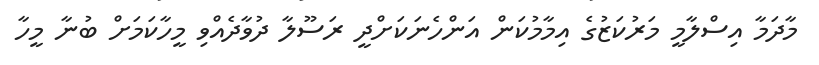
މާދަމާ އިސްލާމީ މަރުކަޒުގެ އިމާމުކަން އަންހެނަކަށްދީ ރަސޫލާ ދުވާދެއްވި މީހާކަމަށް ބުނާ މީހާ